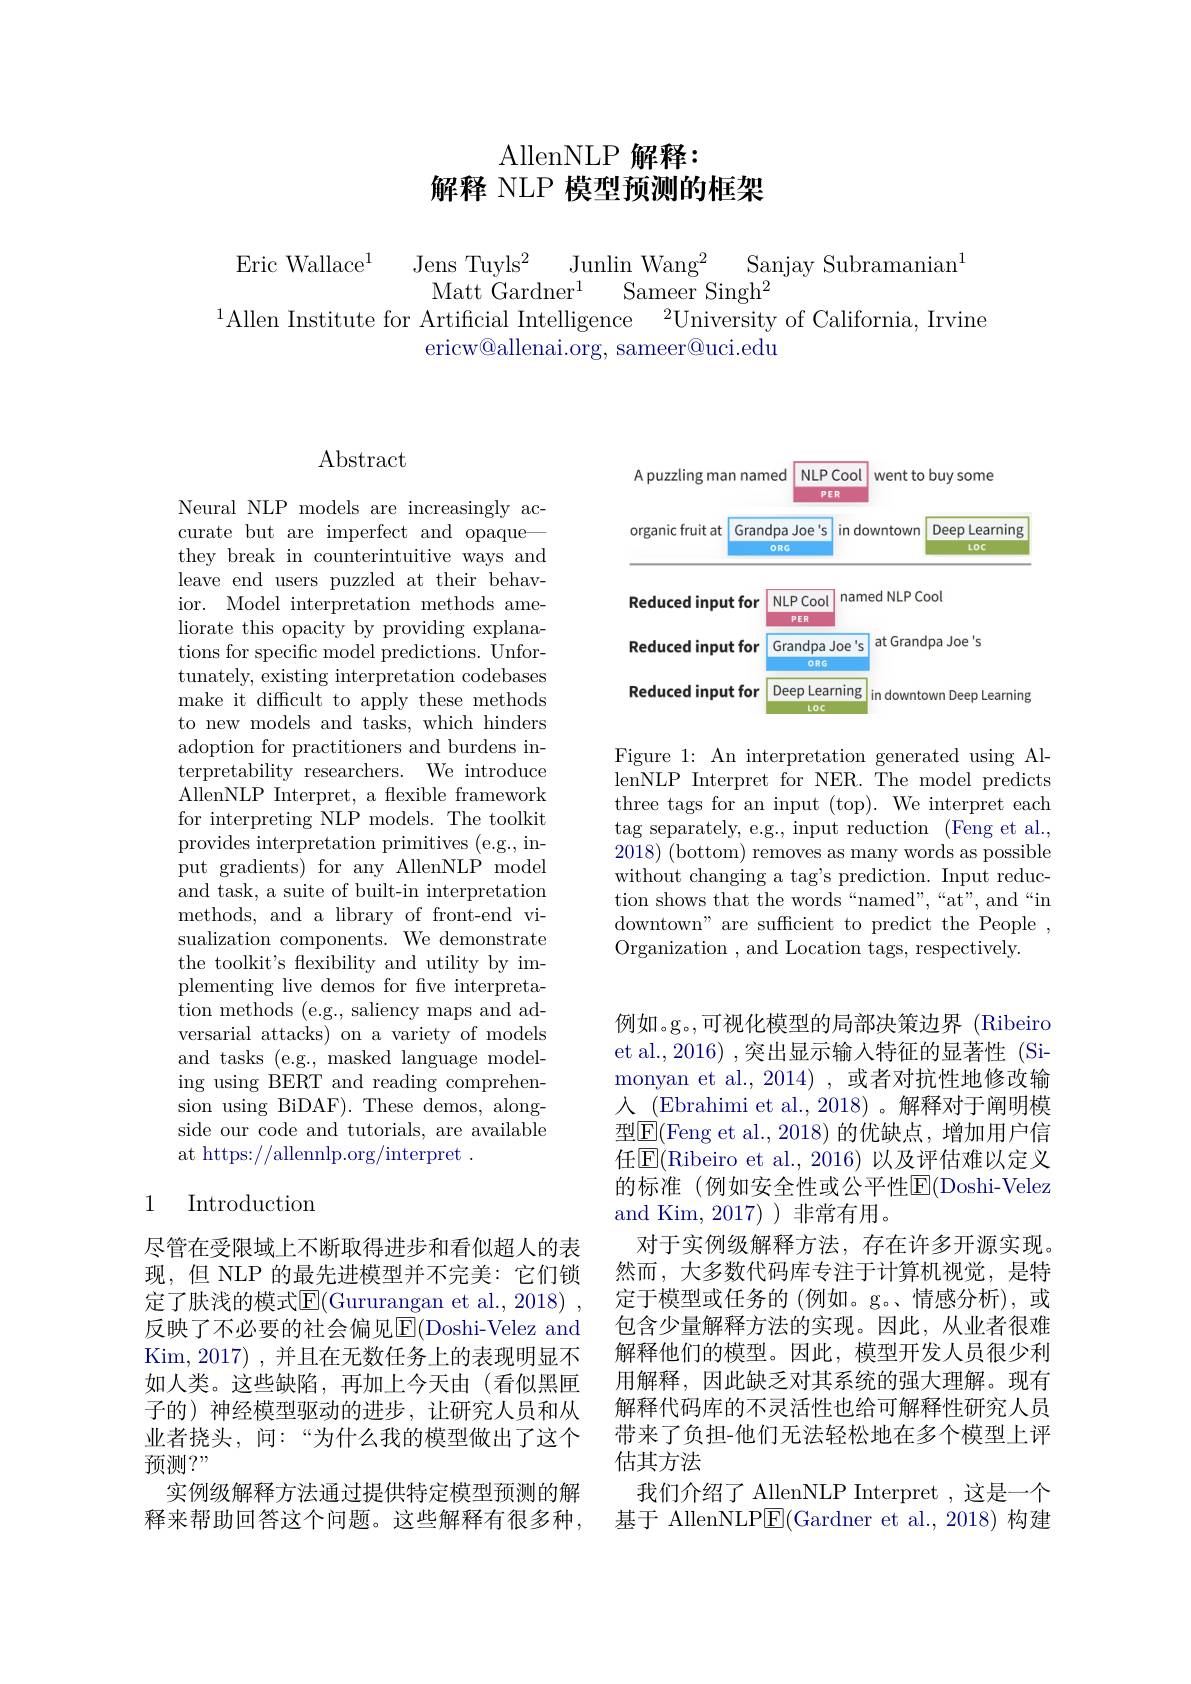
# AllenNLP 解释： 解释 NLP 模型预测的框架

Eric Wallace$^1$ Jens Tuyls$^2$ Junlin Wang$^2$ Sanjay Subramanian$^1$
$\mathrm{Matt~Gardner}^{1}$ $\mathrm{Sameer~Singh}^{2}$
$^{1}$Allen Institute for Artificial Intelligence$\:^2$University of California, Irvine
ericw@allenai.org, sameer@uci.edu

# Abstract

Neural NLP models are increasingly accurate but are imperfect and opaquethey break in counterintuitive ways and leave end users puzzled at their behavior. Model interpretation methods ameliorate this opacity by providing explanations for specific model predictions. Unfortunately, existing interpretation codebases make it difficult to apply these methods to new models and tasks, which hinders adoption for practitioners and burdens interpretability researchers. We introduce AllenNLP Interpret, a flexible framework for interpreting NLP models. The toolkit provides interpretation primitives (e.g., input gradients) for any AllenNLP model and task, a suite of built-in interpretation methods, and a library of front-end visualization components. We demonstrate the toolkit's flexibility and utility by implementing live demos for fve interpretation methods (e.g., saliency maps and adversarial attacks) on a variety of models and tasks (e.g., masked language modeling using BERT and reading comprehension using BiDAF). These demos, alongside our code and tutorials, are available at https://allennlp.org/interpret .

## 1 Introduction

尽管在受限域上不断取得进步和看似超人的表现，但 NLP 的最先进模型并不完美：它们锁定了肤浅的模式$\overline{\mathrm{E}}($Gururangan et al., 2018) , 反映了不必要的社会偏见E$( Doshi- Velez and$ Kim, 2017) , 并且在无数任务上的表现明显不如人类。这些缺陷，再加上今天由(看似黑匣子的)神经模型驱动的进步，让研究人员和从业者挠头，间：“为什么我的模型做出了这个预测？"
实例级解释方法通过提供特定模型预测的解释来帮助回答这个问题。这些解释有很多种，

<FigureHere>

Figure 1: An interpretation generated using Al- $\bar{\text{lenNLP Interpret for NER. The model predicts}}$ three tags for an input (top). We interpret each tag separately, e.g., input reduction (Feng et al., $2018) \allowbreak ( {\mathrm{mod}} $( bottom) removes as many words as possible) without changing a tag's prediction. Input reduction shows that the words“named”,“at”,“and“in downtown" are suffcient to predict the People , Organization , and Location tags, respectively.

例如。g。,可视化模型的局部决策边界 (Ribeiro et al., 2016) ,突出显示输入特征的显著性 (Simonyan et al., 2014) , 或者对抗性地修改输人 (Ebrahimi et al.,2018) 。解释对于阐明模型$\overline{\mathrm{E}}($Feng et al.,2018)的优缺点，增加用户信任$\overline{\mathrm{E}}($Ribeiro et al.,2016)以及评估难以定义的标准(例如安全性或公平性$\operatorname{E}($Doshi-Velez and Kim, 2017) )非常有用。
对于实例级解释方法，存在许多开源实现。然而，大多数代码库专注于计算机视觉，是特定于模型或任务的 (例如。g。、情感分析),或包含少量解释方法的实现。因此，从业者很难解释他们的模型。因此，模型开发人员很少利用解释，因此缺乏对其系统的强大理解。现有解释代码库的不灵活性也给可解释性研究人员带来了负担-他们无法轻松地在多个模型上评估其方法
我们介绍了 AllenNLP Interpret ,这是一个基于 AllenNLP$\underline{\mathrm{E}}($Gardner et al.,2018)构建